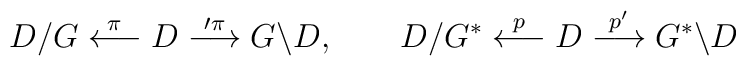
D/G \stackrel{\pi}{\longleftarrow}D\stackrel{\prime{\pi}}  {\longrightarrow} G\backslash D,~~~~~~ D/G^{*}\stackrel{p}{\longleftarrow}D\stackrel{p'} {\longrightarrow}G^{*}\backslash D